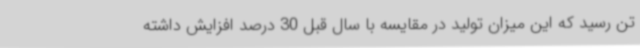
تن رسید که این میزان تولید در مقایسه با سال قبل 30 درصد افزایش داشته